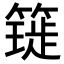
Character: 𥳧